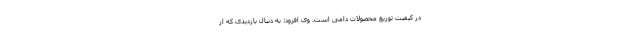
در کیفیت توزیع محصولات دامی است. وی افزود: به دنبال بازدیدی که از